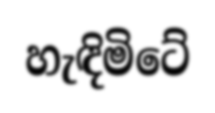
හැඳිමිටේ